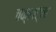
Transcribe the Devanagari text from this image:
चक्रार्चा